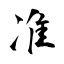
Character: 准